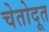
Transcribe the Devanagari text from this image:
चेतोदूत